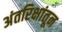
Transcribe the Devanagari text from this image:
अंतरिक्षांतून